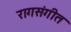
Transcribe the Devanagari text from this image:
रागसंगीत